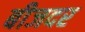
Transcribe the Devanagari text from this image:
बीजदर